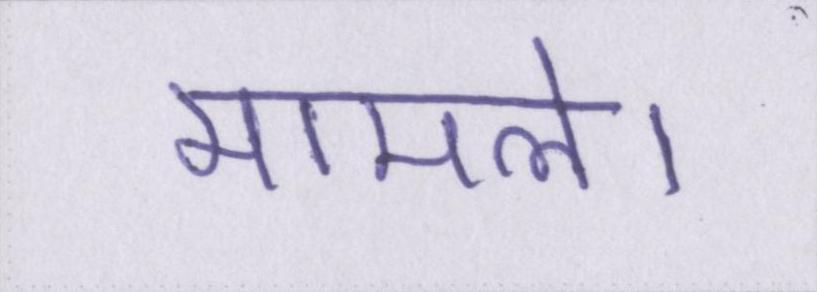
मामले।